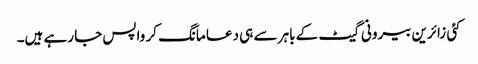
کئی زائرین بیرونی گیٹ کے باہر سے ہی دعا مانگ کر واپس جا رہے ہیں۔